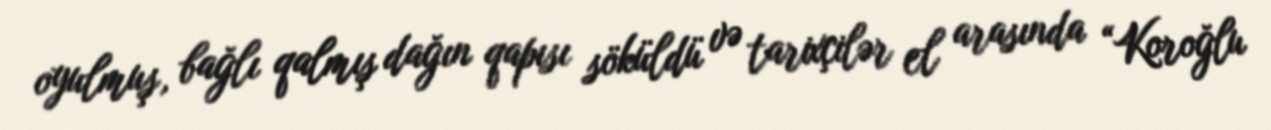
oyulmuş, bağlı qalmış dağın qapısı söküldü və tarixçilər el arasında “Koroğlu